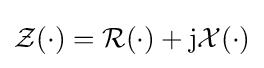
{\mathcal {Z}}(\cdot )={\mathcal {R}}(\cdot )+\mathrm {j} {\mathcal {X}}(\cdot )